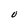
Character: U